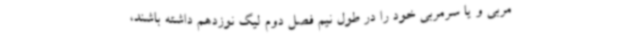
مربی و یا سرمربی خود را در طول نیم فصل دوم لیگ نوزدهم داشته باشند،